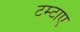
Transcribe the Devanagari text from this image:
टम्टाए